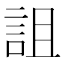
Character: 詛